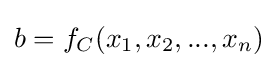
b=f_{C}(x_{1},x_{2},...,x_{n})